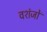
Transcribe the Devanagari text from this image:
वशंजों